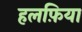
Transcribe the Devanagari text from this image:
हलफ़िया